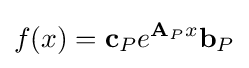
f(x)={\textbf {c}}_{P}e^{{\textbf {A}}_{P}x}{\textbf {b}}_{P}